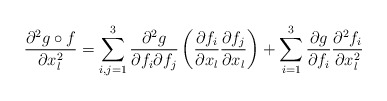
\begin{align*} \frac{\partial^2 g\circ f}{\partial x_l^2} = \sum_{i,j=1}^3\frac{\partial^2 g}{\partial f_i \partial f_j} \left(\frac{\partial f_i}{\partial x_l} \frac{\partial f_j}{\partial x_l}\right) +\sum_{i=1}^3\frac{\partial g}{\partial f_i} \frac{\partial^2 f_i}{\partial x_l^2} \end{align*}